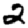
Digit: 2